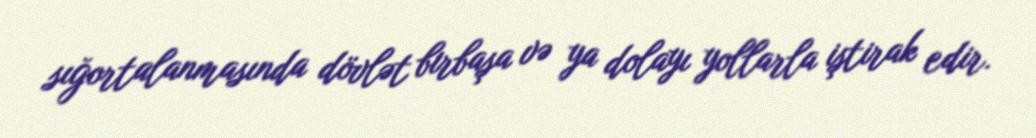
sığortalanmasında dövlət birbaşa və ya dolayı yollarla iştirak edir.